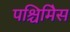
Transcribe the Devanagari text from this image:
पश्चिमिेस